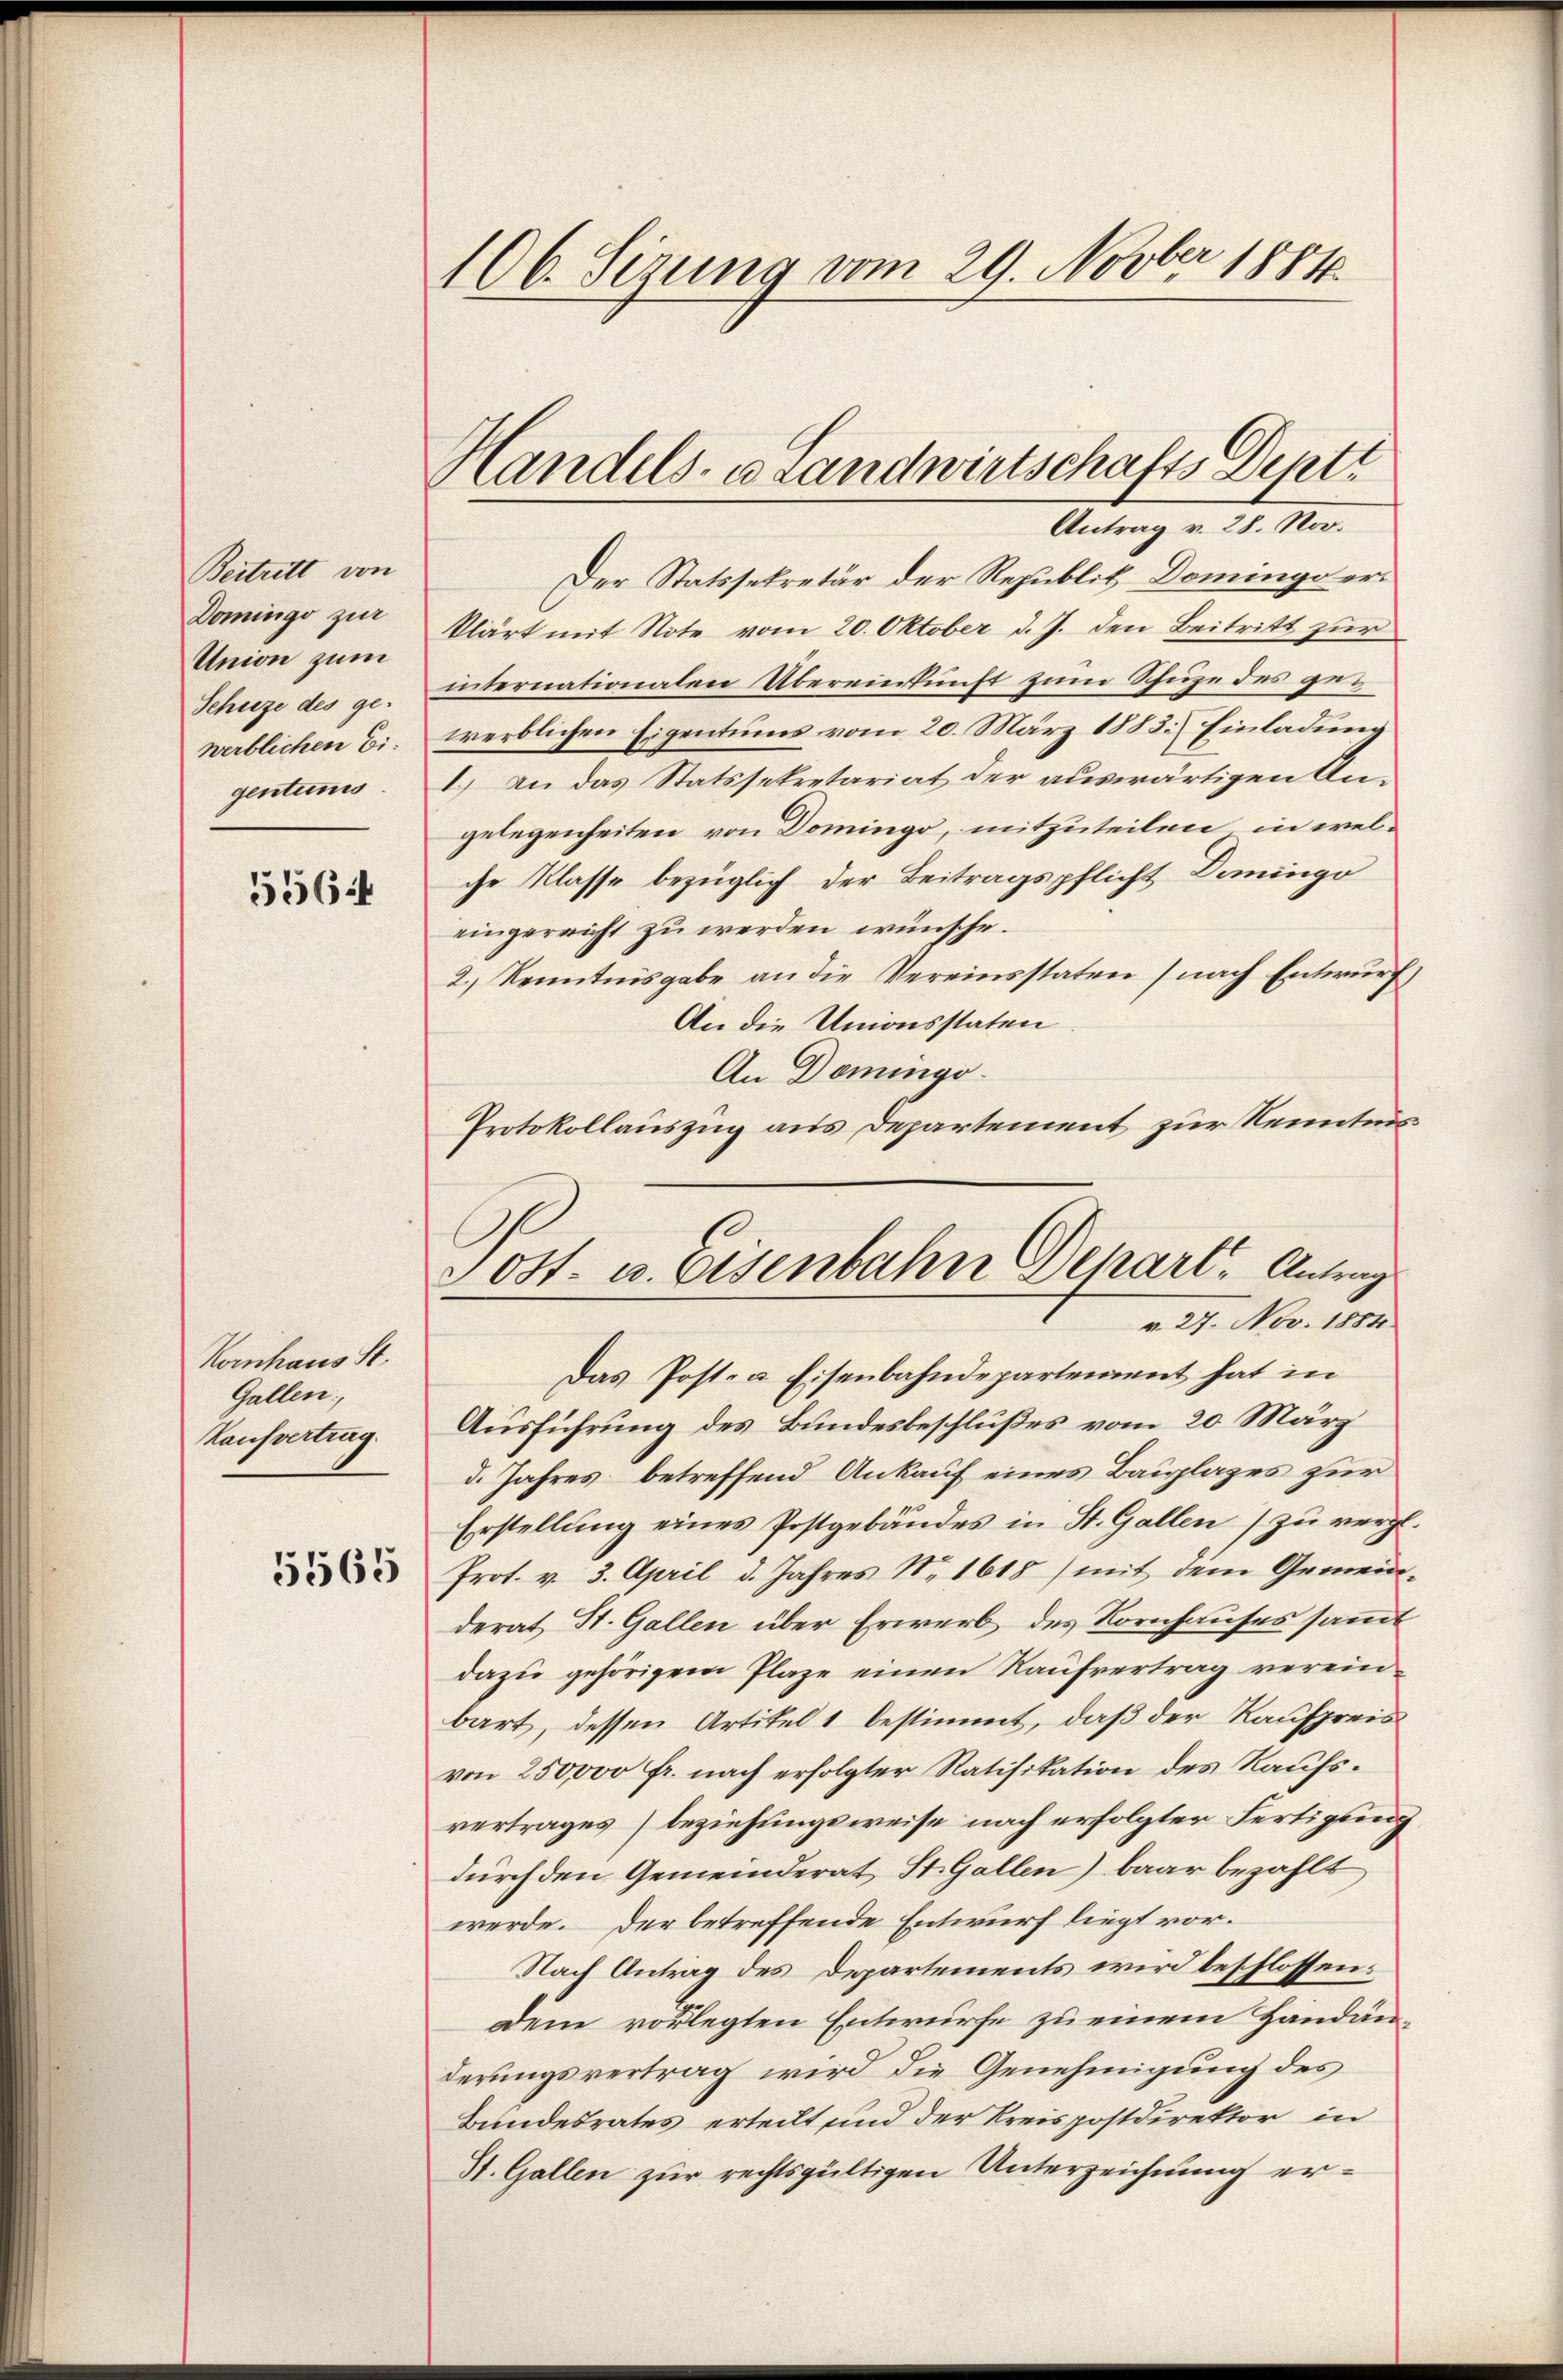
Beitritt von
Domingo zur
Union zum
Schuze des ge-
werblichen Eigentums

5564

Komhaus St.
Gallen,
Kaufvertrag.

5565

106. Sizung vom 29. Novber 1884.

Handels- u Landwirtschafts Deptt
Antrag v. 28. Nov.

Der Statssekretär der Republik Domingo eri
klärt mit Note vom 20. Oktober d. J. den Beitritt zur
internationalen Übereinkunft zum Schuze des gewerblichen Eigentums vom 20. März 1883] Einladung
1.) An das Statssekretariat der auswärtigen Angelegenheiten von Domingo, mitzuteilen, in welche Klasse bezüglich der Beitragspflicht Domingo
eingereicht zu werden wünsche.
2.) Kenntnisgabe an die Vereinsstaten (nach Entwurf
An die Unionsstaten
An Domingo-
Protokollauszug aus Departement zur Kenntnis
Das Post- & Eisenbahndepartement hat in
Ausführung des Bundesbeschlußes vom 20. März
d. Jahres betreffend Ankauf eines Bauplages zur
Erstellung eines Postgebäudes in St. Gallen) zu vergl.
Prot. v. 3. April d. Jahres Nr 1618) mit dem Gemeinderat St. Gallen über Erwerb des Kornhauses sammt
dazu gehörigem Plaze einen Kaufvertrag vereinbart, dessen Artikel 1 bestimmt, daß der Kaufpreis
von 250000 Fr. nach erfolgter Ratifikation des Raufsvertrages (beziehungsweise nach erfolgter Fertigung
durch den Gemeinderat St. Gallen) baar bezahlt
werde. Der betreffende Entwurf liegt vor¬
Nach Antrag des Departements wird beschlossens
Dem vorlegten Entwürfe zu einem Handänderungsvertrag wird die Genehmigung des
Bundesrates erteilt und der Kreispostdirektor in
St. Gallen zur rechtsgültigen Unterzeichnung er¬

0st. u. Eisenbahn Depart, Antrag
v. 27. Nov. 1884